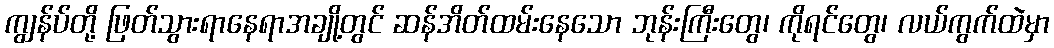
ကျွန်ပ်တို့ ဖြတ်သွားရာနေရာအချို့တွင် ဆန်အိတ်ထမ်းနေသော ဘုန်းကြီးတွေ၊ ကိုရင်တွေ၊ လယ်ကွက်ထဲမှာ